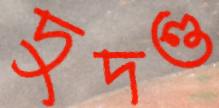
দুদণ্ড